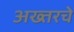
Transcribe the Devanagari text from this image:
अख्तरचे